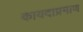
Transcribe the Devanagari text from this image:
कायदाप्रमाण